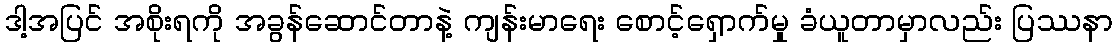
ဒါ့အပြင် အစိုးရကို အခွန်ဆောင်တာနဲ့ ကျန်းမာရေး စောင့်ရှောက်မှု ခံယူတာမှာလည်း ပြဿနာ